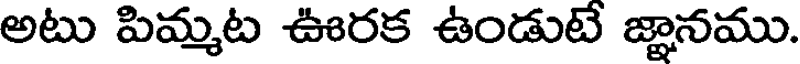
అటు పిమ్మట ఊరక ఉండుటే జ్ఞానము.